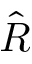
\hat { R }